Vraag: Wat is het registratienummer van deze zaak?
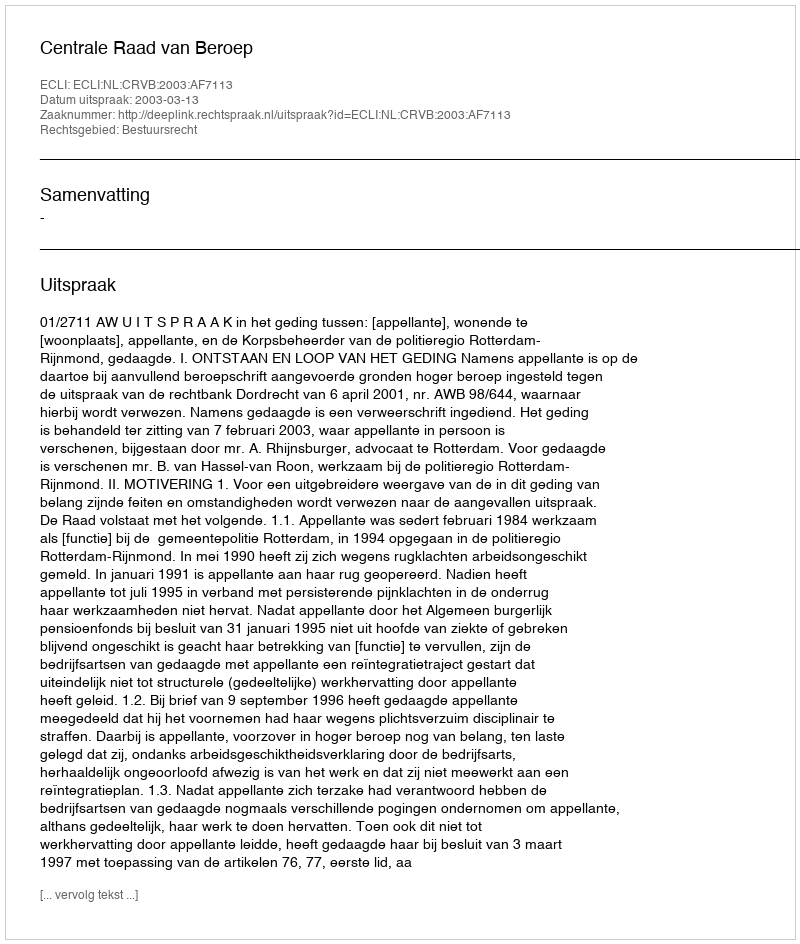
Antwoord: http://deeplink.rechtspraak.nl/uitspraak?id=ECLI:NL:CRVB:2003:AF7113